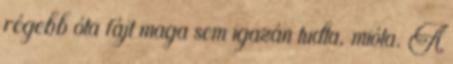
régebb óta fájt maga sem igazán tudta, mióta. A